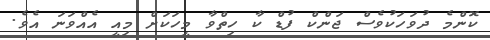
ކޮންމެ ދުވަހަކުވެސް ޖަންކް ފުޑް ކާ ހިތްވާ މީހަކަށް މިއީ އެއްވަނަ އެވެ.